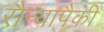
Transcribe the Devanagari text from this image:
सैन्यापैकी